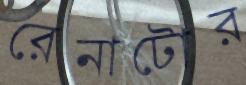
রেনাটোর